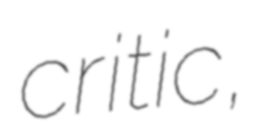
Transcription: critic,